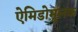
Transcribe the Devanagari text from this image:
ऐमिडोमूलक